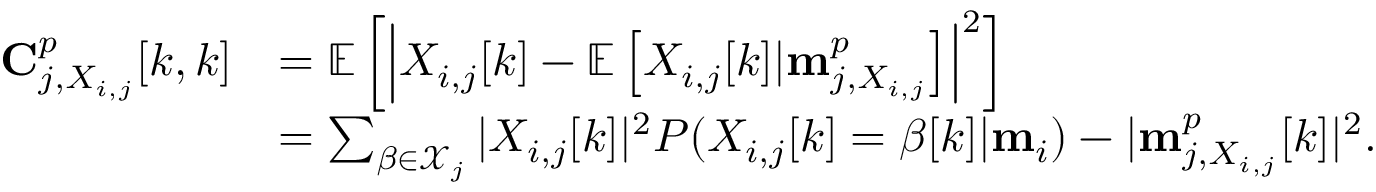
\begin{array} { r l } { \mathbf { C } _ { j , X _ { i , j } } ^ { p } [ k , k ] } & { = \mathbb { E } \left[ \left| X _ { i , j } [ k ] - \mathbb { E } \left[ X _ { i , j } [ k ] | \mathbf { m } _ { j , X _ { i , j } } ^ { p } \right] \right| ^ { 2 } \right] } \\ & { = \sum _ { \beta \in \mathcal { X } _ { j } } | X _ { i , j } [ k ] | ^ { 2 } P ( X _ { i , j } [ k ] = \beta [ k ] | \mathbf { m } _ { i } ) - | \mathbf { m } _ { j , X _ { i , j } } ^ { p } [ k ] | ^ { 2 } . } \end{array}